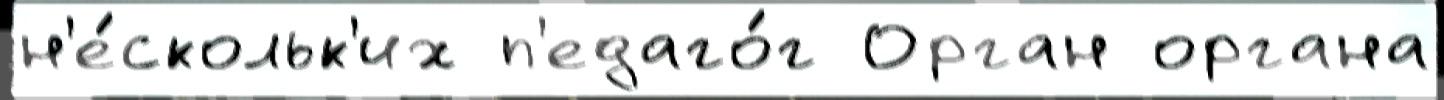
н'е́скольк'их п'едаго́г Орган органа